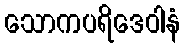
သောကပရိဒေဝါနံ